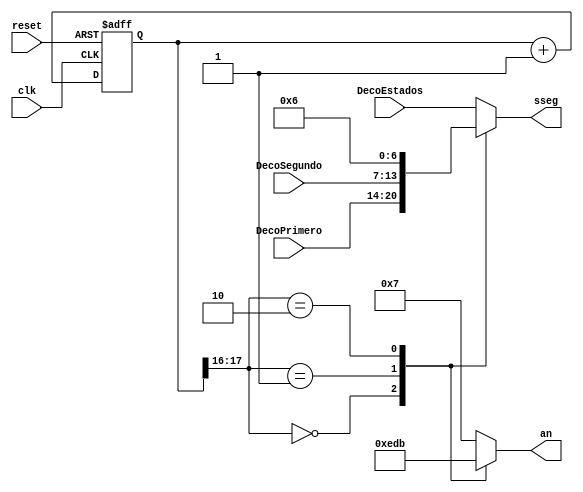
`timescale 1ns / 1ps
//////////////////////////////////////////////////////////////////////////////////
// Company: 
// Engineer: 
// 
// Design Name: 
// Module Name:    Multiplexor_Leds 
// Project Name: 
// Target Devices: 
// Tool versions: 
// Description: 
//
// Dependencies: 
//
// Revision: 
// Revision 0.01 - File Created
// Additional Comments: 
//
//////////////////////////////////////////////////////////////////////////////////
module Multiplexor_Leds(
	
	input wire clk,reset,
	input wire [6:0] DecoPrimero,DecoSegundo,DecoEstados,
	output reg [0:3] an,
	output reg [6:0] sseg
    );
	 
	 localparam N=18;
	 localparam E=7'b0000110;
	 
	 reg [N-1:0] q_reg;
	 wire [N-1:0] q_next;
	 
	 
	 always @ (posedge clk, posedge reset)
	 
		if (reset)
			q_reg <= 0;
		else 
			q_reg <= q_next;
			
		
		assign q_next = q_reg + 1;
		
		
		always @*
		
			case (q_reg[N-1:N-2])
				2'b00:
					begin 
						an = 4'b1110;
						sseg = DecoPrimero;
					end
				2'b01:
					begin 
						an = 4'b1101;
						sseg = DecoSegundo;
					end
				2'b10:
					begin
						an = 4'b1011;
						sseg = E;
					end
				default:
					begin
						an = 4'b0111;
						sseg = DecoEstados;
					end
			endcase
						
endmodule